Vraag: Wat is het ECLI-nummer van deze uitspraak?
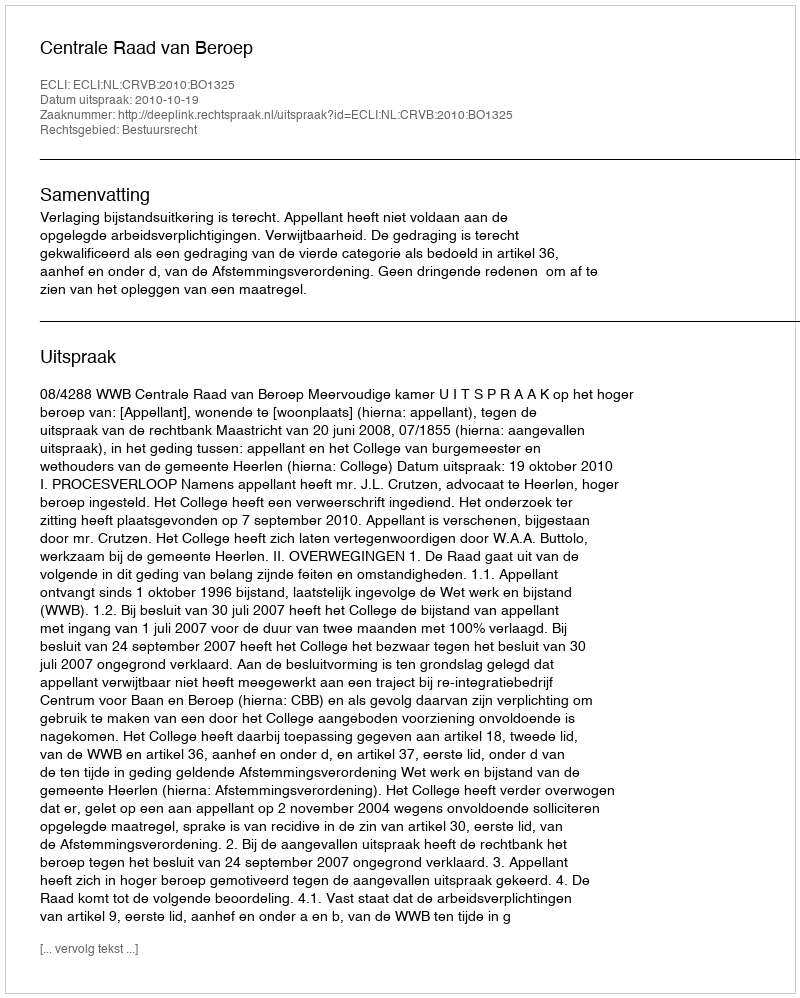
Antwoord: ECLI:NL:CRVB:2010:BO1325